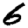
Digit: 6